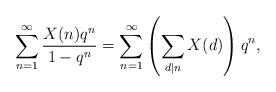
LaTeX: \begin{align*}\sum^{\infty}_{n=1}\frac{X(n)q^n}{1-q^n}=\sum^{\infty}_{n=1}\left(\sum_{d|n}X(d)\right)q^n,\end{align*}